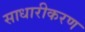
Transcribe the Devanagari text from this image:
साधारीकरण